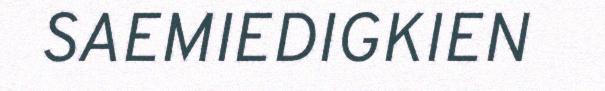
SAEMIEDIGKIEN